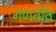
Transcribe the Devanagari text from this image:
गणतीत